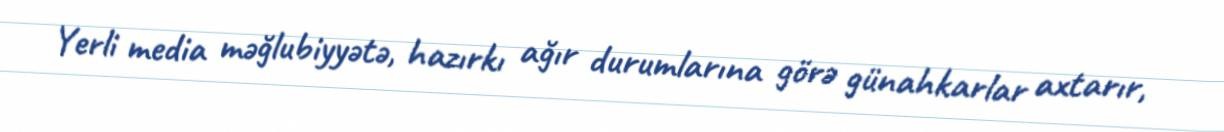
Yerli media məğlubiyyətə, hazırkı ağır durumlarına görə günahkarlar axtarır,